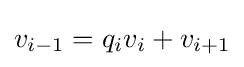
v_{i-1}=q_{i}v_{i}+v_{i+1}